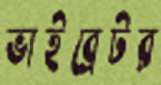
ভাইব্রেটর